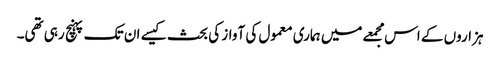
ہزاروں کے اس مجمعے میں ہماری معمول کی آواز کی بحث کیسے ان تک پہنچ رہی تھی۔